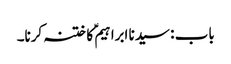
باب : سیدنا ابراہیمؑ کا ختنہ کرنا۔